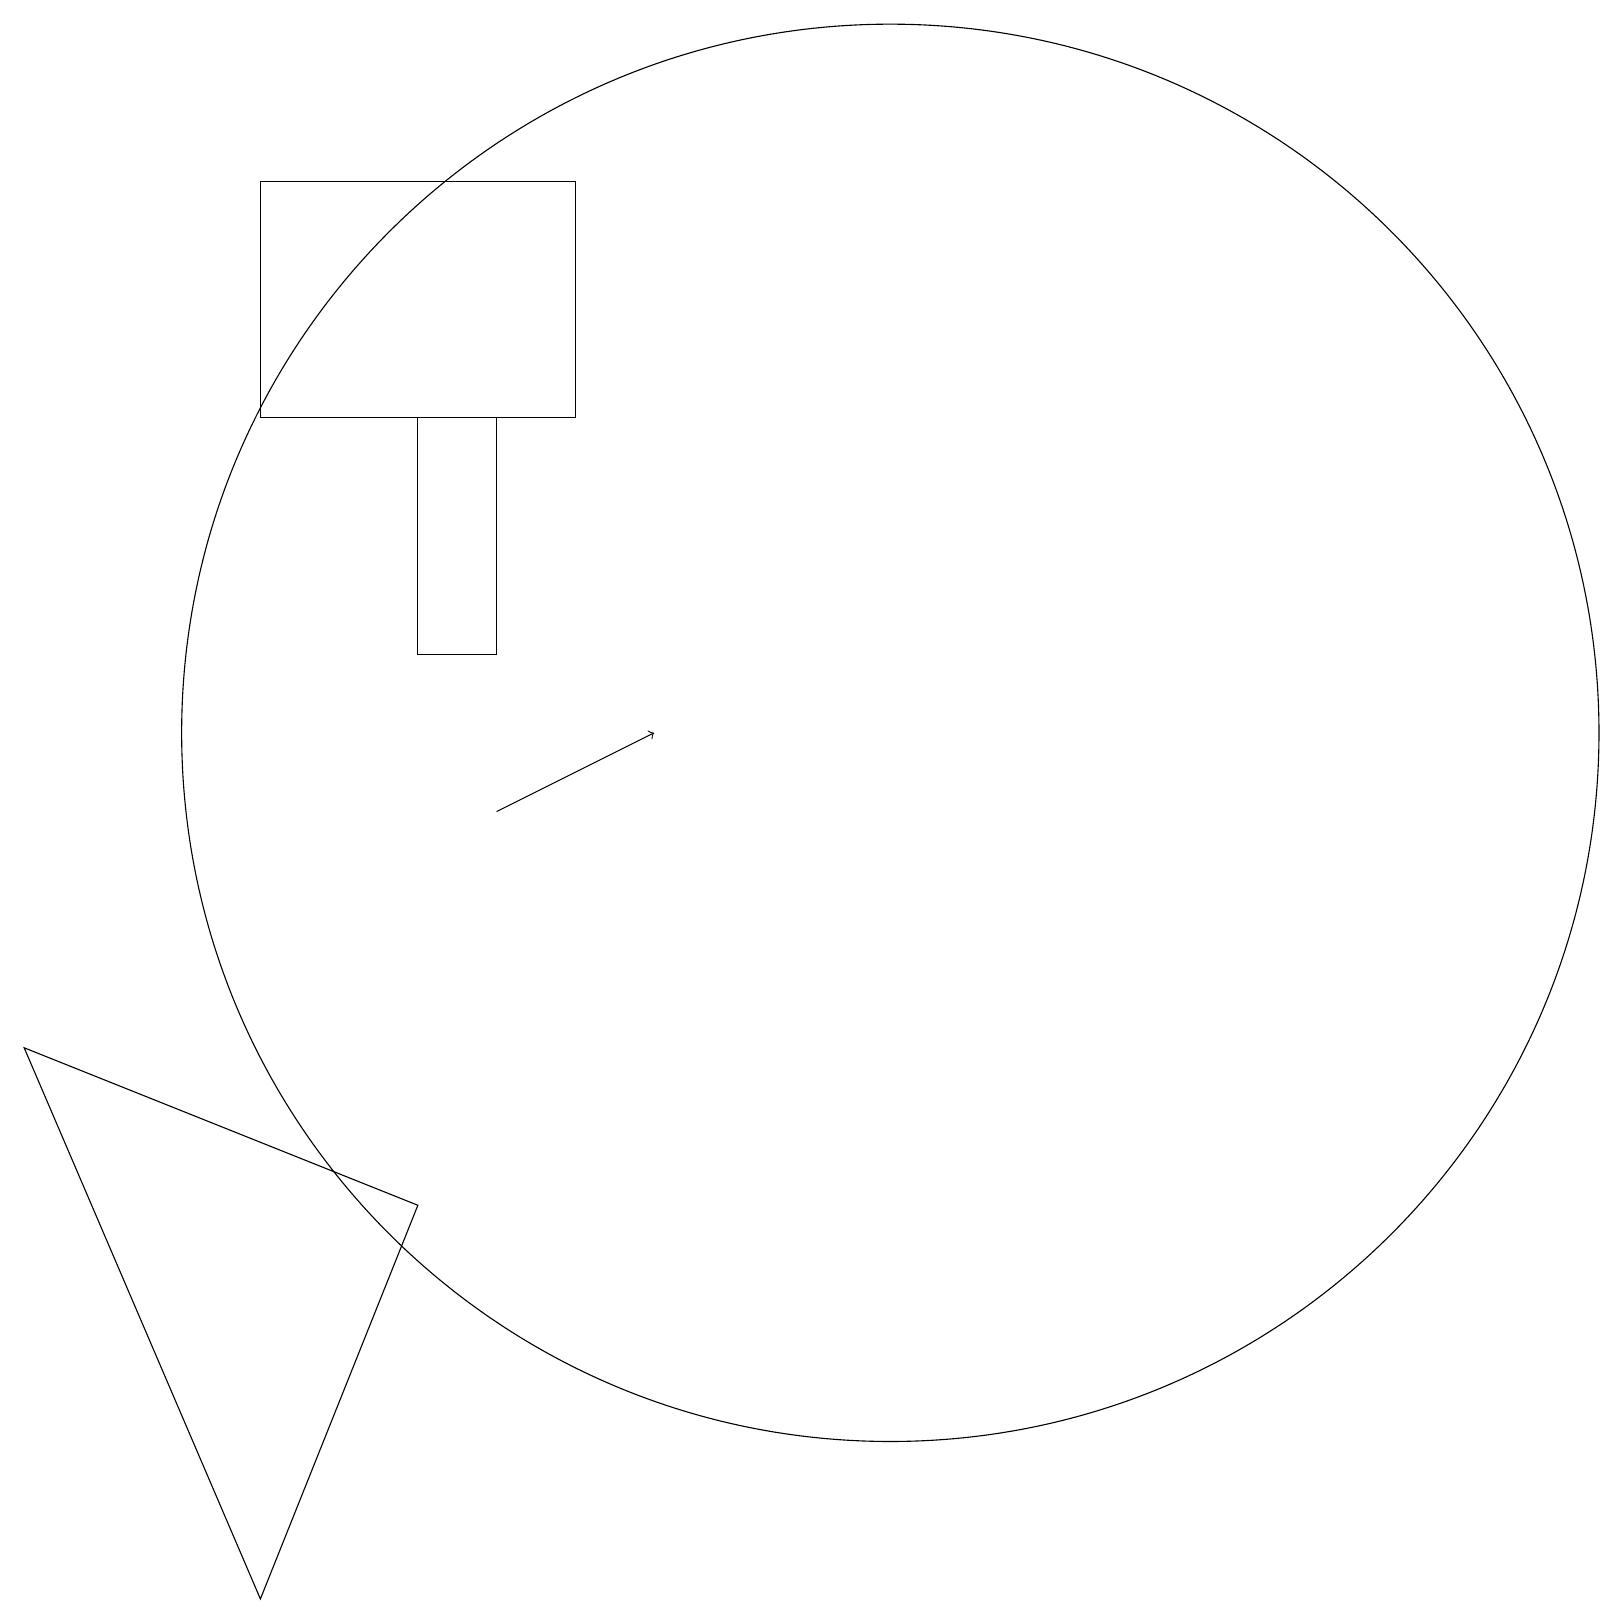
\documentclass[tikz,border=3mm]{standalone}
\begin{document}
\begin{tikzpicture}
\draw[->] (6,10) -- (8,11);
\draw (5,15) rectangle (6,12);
\draw (0,7) -- (3,0) -- (5,5) -- cycle;
\draw (11,11) circle (9);
\draw (3,15) rectangle (7,18);
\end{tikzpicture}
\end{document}